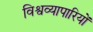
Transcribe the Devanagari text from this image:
विश्वव्यापारियों